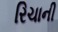
રિચાની